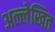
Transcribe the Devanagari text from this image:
अल्लेखित